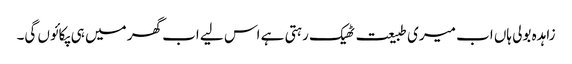
زاہدہ بولی ہاں اب میری طبیعت ٹھیک رہتی ہے اس لیے اب گھر میں ہی پکائوں گی۔